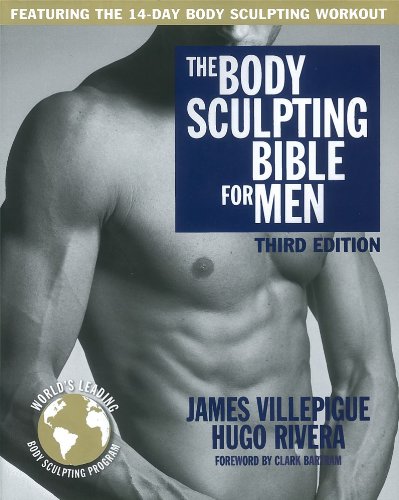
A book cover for The Body Sculpting Bible for Men, Third Edition: The Ultimate Men's Body Sculpting and Bodybuilding Guide Featuring the Best Weight Training Workouts ... Plans Guaranteed to Gain Muscle & Burn Fat; James Villepigue; Health, Fitness & Dieting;